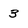
Character: 3